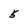
Character: 5